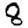
Digit: 8